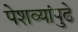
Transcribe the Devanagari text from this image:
पेशव्यांपुढे